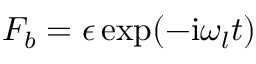
F _ { b } = \epsilon \exp ( - \mathrm { i } \omega _ { l } t )